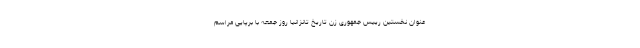
عنوان نخستین رییس جمهوری زن تاریخ تانزانیا روز جمعه با برپایی مراسم